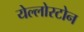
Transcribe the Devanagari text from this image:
येल्लोस्टोन